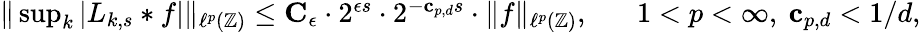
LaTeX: \begin{array}{r}{\| \operatorname*{sup}_{k}|L_{k,s}*f|\| _{\ell^{p}(\mathbb{Z})}\leq\mathbf{C}_{\epsilon}\cdot 2^{\epsilon s}\cdot 2^{-\mathbf{c}_{p,d}s}\cdot\| f\| _{\ell^{p}(\mathbb{Z})},\; \; \; \; \; \; 1<p<\infty,\ \mathbf{c}_{p,d}<1/d,}\end{array}